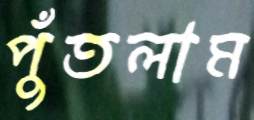
পুঁতলাম